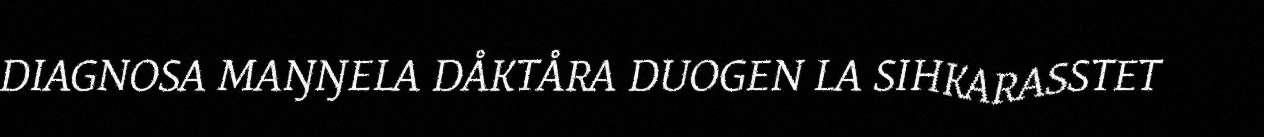
DIAGNOSA MAŊŊELA DÅKTÅRA DUOGEN LA SIHKARASSTET